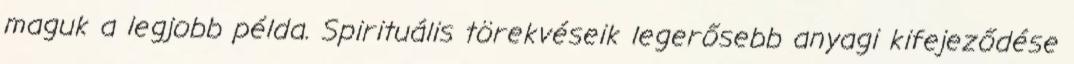
maguk a legjobb példa. Spirituális törekvéseik legerősebb anyagi kifejeződése